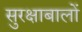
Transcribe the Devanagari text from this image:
सुरक्षाबालों